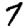
Digit: 7